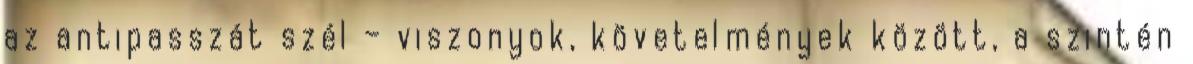
az antipasszát szél – viszonyok, követelmények között, a szintén